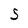
Character: S